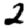
Digit: 2